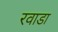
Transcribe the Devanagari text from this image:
रवाडा